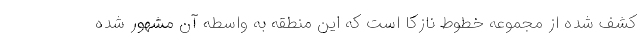
کشف شده از مجموعه خطوط نازکا است که این منطقه به واسطه آن مشهور شده